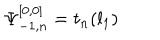
\Psi _ { - 1 , n } ^ { [ 0 , 0 ] } = t _ { n } ( l _ { 1 } )